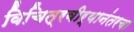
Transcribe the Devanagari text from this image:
विचित्रवीर्यानंतरचा